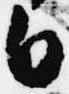
白